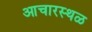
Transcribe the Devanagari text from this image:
आचारस्थळ